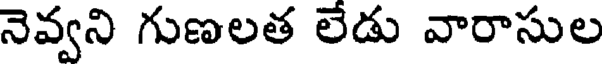
నెవ్వని గుణలత లేడు వారాసుల